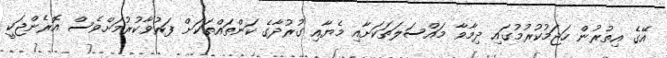
އޭގެ އިތުރުން ހަޖަމުކުރުމުގައި ދިމާވާ މައްސަލަތަކަށާއި މެޔާއި ގުރުދާގެ ކަންތައްތަކަށް ފަރުވާކުރުމަށްވެސް އޮރެންޖަކީ